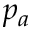
p _ { a }